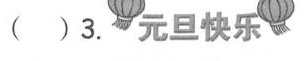
（ ）3.元旦快乐